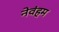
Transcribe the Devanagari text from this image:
नेवंहम